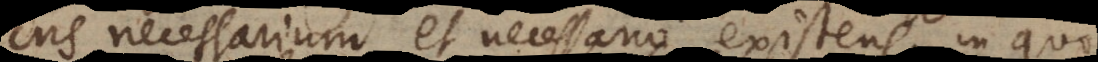
Ens necessarium et necessario existens. In quo